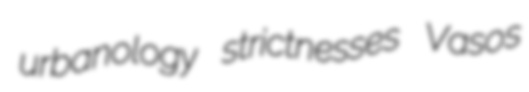
urbanology strictnesses Vasos